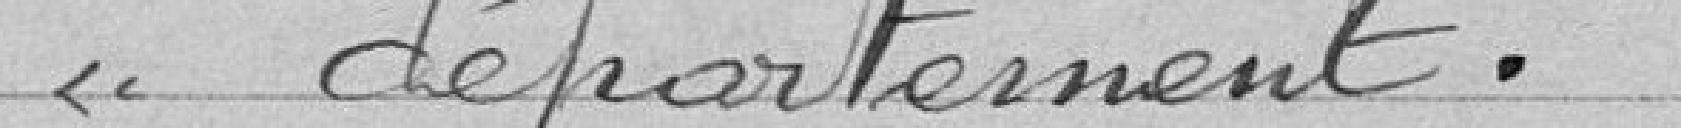
"département.